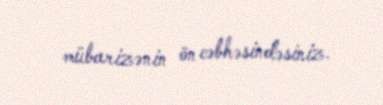
mübarizənin ön cəbhəsindəsiniz.